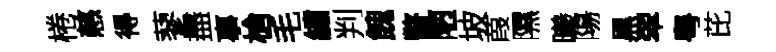
棬慈得蓼盡事槍毛繡判餽瞥陋坡葭隰曦陽黒翠粤芘